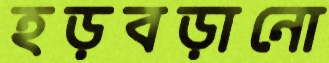
হড়বড়ানো